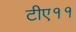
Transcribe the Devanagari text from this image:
टीए११